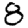
Digit: 8